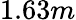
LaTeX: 1.63m